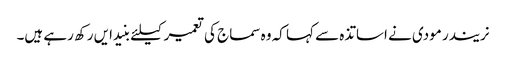
نریندر مودی نے اساتذہ سے کہا کہ وہ سماج کی تعمیر کیلئے بنیدایں رکھ رہے ہیں۔